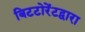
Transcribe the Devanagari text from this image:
बिटटोरेंटद्वारा